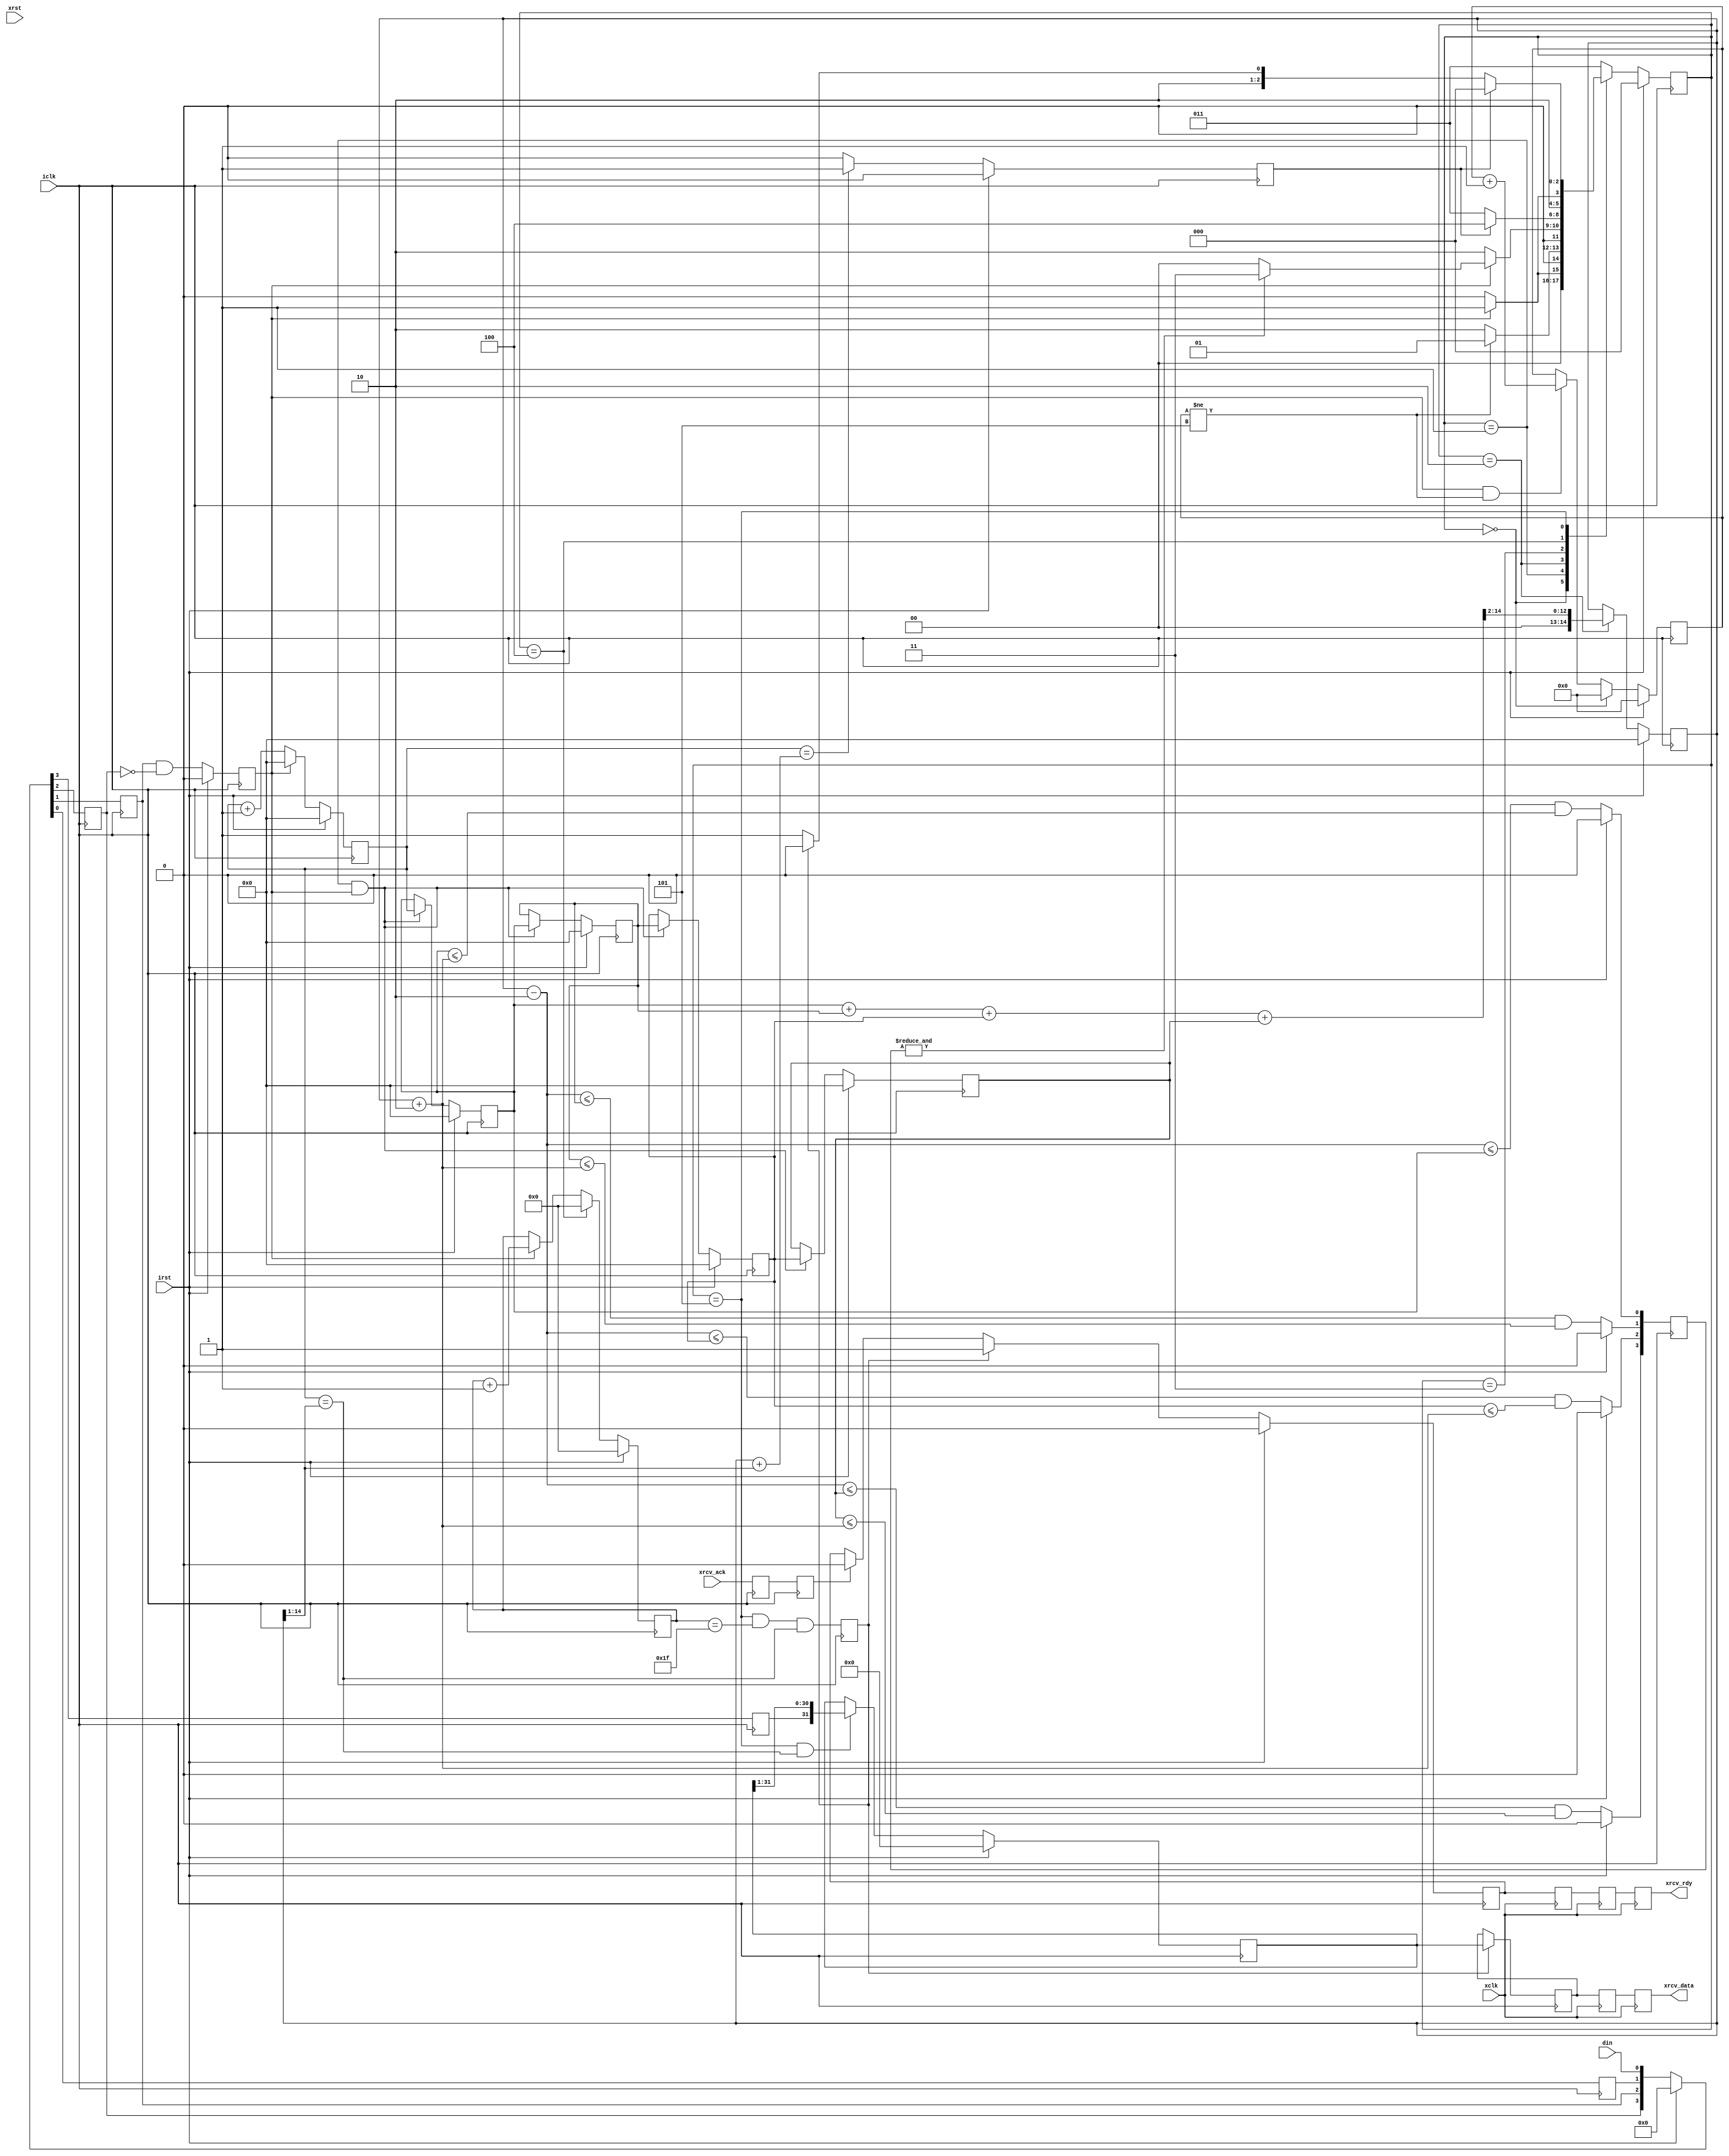
/*
 Simple NWire data transfers

 Kirk Weedman

 Sept. 17, 2009

 Concept:
   Transfer data across N wires between FPGAs using a sync or data ready signal to start transfers

 Method:
    DLY_TIME: time that NWire_xmit holds signal low after reset occurs
    OSL: Number of "logic 0" or "logic 1" bits occuring after DLY_TIME
    TB: Amount of time it takes to transmit a "logic 0" or logic 1"

    After reset, the DOUT signal is held low for DLY_TIME, followed by OSL data bits and then a low for 3*TB.
    The low for 3*TB is used by the receiver to syncnronize itself to the dataa stream

                +---+           +
    DATA_BIT ---+   +---+---+---+  "logic 0"
                |<----- TB ---->|

                +---+---+---+   +
             ---+           +---+  "logic 1"

                           +-----------------------+                +---
  DIN  --------------------+-----------------------+----------------+---
       |<---- DLY_TIME---->|<------- OSL*TB ------>|<---- 3*TB ---->|
                           |<----------- 1/SEND_FREQ -------------->|



        ---------------+-----------------------------------------------------------
xrcv_data -------------+-----------------------------------------------------------

                       +--------------------------+
xrcv_rdy --------------+                          +--------------------------------

                                               +------+
xrcv_ack --------------------------------------+      +----------------------------

Note:  The receiver has new data ready when rcv_rdy goes high
       xmit_ack should be asserted while rcv_rdy = 1
       xmit_ack should be deasserted once rcv_rdy goes low or immediately after getting new data
*/

`timescale 1ns/100ps

module NWire_rcv (irst, iclk, xrst, xclk, xrcv_data, xrcv_rdy, xrcv_ack, din);

parameter OSL          = 32; // Output Stream Length
parameter OSW          = 1;  // Output Stream Width
parameter SLOWEST_FREQ = 10000;
parameter ICLK_FREQ    = 144000000;
parameter XCLK_FREQ    = 48000000;
parameter TPD          = 1;

localparam DATA_BITS   = OSL * OSW;            // Total number of data bits (logic 0 or 1) to receive: must be > 5?
localparam DC          = clogb2(OSL-1);
localparam DB          = clogb2(OSL);
localparam DLY_TIME    = ICLK_FREQ/SLOWEST_FREQ;
localparam DS          = clogb2(DLY_TIME-1);

input  wire                 irst;       // reset signal
input  wire                 iclk;       // high speed sampling clock
input  wire                 xrst;       // reset signal
input  wire                 xclk;       // high speed sampling clock
output wire [DATA_BITS-1:0] xrcv_data;  // recieve data
output wire                 xrcv_rdy;   // receive data is ready
input  wire                 xrcv_ack;   // used to clear xrcv_rdy
input  wire       [OSW-1:0] din;        // Nwire interface serial data input

// local registers
reg          [DS:0] tb_cnt;
reg          [DS:0] tb_width;
wire         [DS:0] Q12;
reg        [DB-1:0] DBrise_cnt;

reg       [OSL-1:0] rdata[0:OSW-1];
reg        [DC-1:0] data_cnt;

reg       [OSW-1:0] d3, d2, d1, d0;
reg                 DBrise;
reg           [2:0] TB_state;
reg           [2:0] TB_state_next;
reg          [DS:0] DB_LEN [0:3]; // SYNC_BIT TB time recording
reg                 rcv_flag;
reg                 resync;
reg           [3:0] pass;
wire         [DS:0] tb_min, tb_max;
reg [DATA_BITS-1:0] idata;  // recieve data
reg                 irdy;
wire                iack;

localparam TB_IDLE   = 0,
           TB_DB     = 1,
           TB_CALC   = 2,
           TB_SYNC   = 3,
           TB_NEXT   = 4,
           TB_BIT    = 5;

assign Q12 = (tb_width >> 1); // TB/2
assign tb_min = tb_width - 3'd2;
assign tb_max = tb_width + 3'd2;

generate
if (ICLK_FREQ == XCLK_FREQ)
begin: SAME_CLK
  assign xrcv_data = idata;
  assign xrcv_rdy  = irdy;
  assign iack      = xrcv_ack;
end
else // ICLK_FREQ != XCLK_FREQ
begin: DIFF_CLK
  reg [DATA_BITS-1:0] xd1, xd0;
  reg xr2, xr1, xr0;
  reg ia1, ia0;

  assign xrcv_data = xd1;
  assign xrcv_rdy  = xr2;
  assign iack      = ia1;

  always @(posedge xclk) 
  begin
    {xd1, xd0} <= #TPD {xd0, idata};
    {xr2, xr1, xr0} <= #TPD {xr1, xr0, irdy};
  end

  always @(posedge iclk) 
  begin
    {ia1, ia0} <= #TPD {ia0, xrcv_ack};
  end
end
endgenerate

generate
  genvar i;
  for (i = 0; i < OSW; i = i + 1)
  begin: STREAM_DATA
    always @(posedge iclk)
    begin
      if (rcv_flag)
        idata[i*OSL +: OSL] <= #TPD rdata[i];
 
      if (irst)
        rdata[i] <= #TPD 1'b0;
      else if ((TB_state == TB_BIT) && (tb_cnt == Q12))
        rdata[i] <= #TPD {d3[i],rdata[i] [OSL-1:1]}; // shift in all streams into [OSL-1:0] rdata [0:OSW-1]
    end
  end
endgenerate

integer k;
always @(posedge iclk)
begin
  if (irst)
    DBrise_cnt <= #TPD 1'b0;
  else if (TB_state == TB_IDLE)
    DBrise_cnt <= #TPD 1'b0;
  else if (DBrise && (DBrise_cnt != 5))
    DBrise_cnt <= #TPD DBrise_cnt + 1'b1; // count number of DBrise during TB_SYNC state
 
  if (irst)
    {d3, d2, d1, d0} <= #TPD 4'b0000;
  else
    {d3, d2, d1, d0} <= #TPD {d2, d1, d0, din}; // just use the LSB since all streams have sync info

  if (irst)
    DBrise <= #TPD 1'b0;
  else
    DBrise <= #TPD d1[0] & !d2[0]; // rising edge of DATA_BIT or SYNC_BIT

  if (irst)
    tb_cnt <= #TPD 1'b0;
  else if (DBrise)
    tb_cnt <= #TPD 1'b0;
  else if (tb_cnt != -1)
    tb_cnt <= #TPD tb_cnt + 1'b1;

  if (irst)
    tb_width <= #TPD 0;
  else if (TB_state == TB_CALC)
    tb_width <= #TPD (DB_LEN[0]+DB_LEN[1]+DB_LEN[2]+DB_LEN[3]) >> 2; // new average of last 4 DATA_BIT timings
// Note: when using a highspeed clock, these 4 adds may take more than 1 clock period
//       resulting in timing analysis failure.  However, in this case, all the DB_LEN[] values
//       have been stable for TB time (many clocks) before getting this TB_CALC state.
//       Therefore the way to cure the problem is to declare the DB_LEN[] to tb_width path
//       as a Multicycle path in the Assignment editor.  4 clocks should be plenty

  for (k = 0; k < 4; k = k + 1)
  begin
    if (irst)
      pass[k] <= #TPD 1'b0;
    else
      pass[k] <= (tb_min <= DB_LEN[k]) && (DB_LEN[k] <= tb_max);
  end

  if (irst)
    {DB_LEN[3], DB_LEN[2], DB_LEN[1], DB_LEN[0]} <= #TPD {{DS{1'b0}}, {DS{1'b0}}, {DS{1'b0}}, {DS{1'b0}}};
  else if ((TB_state == TB_DB) && DBrise)
    {DB_LEN[3], DB_LEN[2], DB_LEN[1], DB_LEN[0]} <= #TPD {DB_LEN[2], DB_LEN[1], DB_LEN[0], tb_cnt};

  if (irst)
    TB_state <= #TPD TB_IDLE;
  else
    TB_state <= #TPD TB_state_next;

  rcv_flag <= #TPD ((TB_state == TB_BIT) && (data_cnt == (OSL-1)) && (tb_cnt == Q12));

  if (irst)
    irdy <= #TPD 1'b0;
  else if (rcv_flag)
    irdy <= #TPD 1'b1;
  else if (iack)
    irdy <= #TPD 1'b0;

  if (irst)
    data_cnt <= #TPD 1'b0;
  else if (TB_state == TB_NEXT)
    data_cnt <= #TPD 1'b0;
  else if (DBrise)
    data_cnt <= #TPD data_cnt + 1'b1;

  if (irst)
    resync <= #TPD 1'b0;
  else if (tb_cnt == (tb_width + Q12))
    resync <= #TPD 1'b1; // bit width is too big for this bit. Maybe transmitter got reset or turned off
  else
    resync <= #TPD 1'b0;
end

always @*
begin
   case(TB_state)
     TB_IDLE:
     begin
       if (DBrise)
         TB_state_next = TB_DB;
       else
         TB_state_next = TB_IDLE;  // wait for a DBrise to occur
     end

     TB_DB:  // now wait for 4 more DBrise signals
     begin
       if (DBrise_cnt != 5)
         TB_state_next = TB_DB;
       else
         TB_state_next = TB_CALC;  // wait for 4 more DBrise's to occur so DB_LEN has filled with data
     end

     TB_CALC:
     begin
       if (!DBrise)
         TB_state_next = TB_CALC; // wait till next DBrise before checking "pass"
       else if (&pass)
         TB_state_next = TB_SYNC; // we have a valid TB timing, now go find end of serial stream
       else
         TB_state_next = TB_IDLE; // try getting 5 more DBrise signals and recalculate
     end

     TB_SYNC:  // now wait for resync (should be at least a period of 3*TB where no DBrise occurs)
     begin
       if (resync)
         TB_state_next = TB_NEXT; 
       else
         TB_state_next = TB_SYNC;  // continue getting SYNC_BITs
     end

     TB_NEXT:
     begin
       if (DBrise)
         TB_state_next = TB_BIT;
      else
         TB_state_next = TB_NEXT;   // stay here until 1st DBrise of data input stream
     end

     TB_BIT:
     begin
       if (resync)
         TB_state_next = TB_IDLE; // oops.  bit width got too big.  Maybe transmitter got turned off or reset
       else if (rcv_flag) // normally we just wait for rcv_flag to end this state.
         TB_state_next = TB_NEXT;  // this stream of DATA_BITs has finished
       else
         TB_state_next = TB_BIT;
     end

     default:
     begin
       TB_state_next = TB_SYNC;
     end
   endcase
end


function integer clogb2;
input [31:0] depth;
begin
  for(clogb2=0; depth>0; clogb2=clogb2+1)
  depth = depth >> 1;
end
endfunction

endmodule